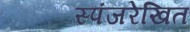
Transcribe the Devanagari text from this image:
स्पंजरेखित